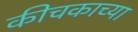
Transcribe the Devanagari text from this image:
कीचकाच्या